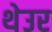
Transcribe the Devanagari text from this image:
थेउर